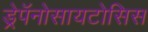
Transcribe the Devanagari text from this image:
ड्रेपॅनोसायटोसिस